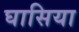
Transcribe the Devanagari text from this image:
घासिया